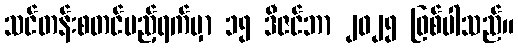
သင်တန်းစတင်မည့်ရက်မှာ ၁၅ ဒီဇင်ဘာ ၂၀၂၅ ဖြစ်ပါသည်။